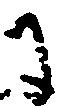
に